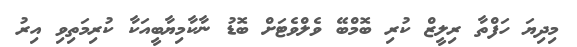
މިދިޔަ ހަފްތާ ރިލީޒް ކުރި ބޮމްބޭ ވެލްވެޓަށް ބޮޑު ނާކާމިޔާބީއަކާ ކުރިމަތިވި އިރު